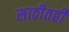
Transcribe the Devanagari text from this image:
साठीतही